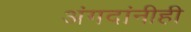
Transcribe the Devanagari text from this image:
अंगदांनीही